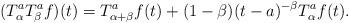
LaTeX: \begin{align*} (T_\alpha ^a T_\beta ^a f)(t)= T_{\alpha+\beta}^a f(t)+ (1-\beta) (t-a)^{-\beta}T_\alpha^a f(t).\end{align*}